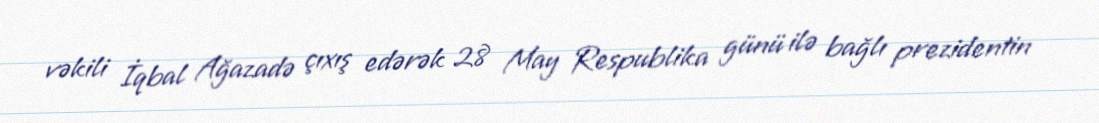
vəkili İqbal Ağazadə çıxış edərək 28 May Respublika günü ilə bağlı prezidentin